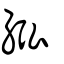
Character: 紭